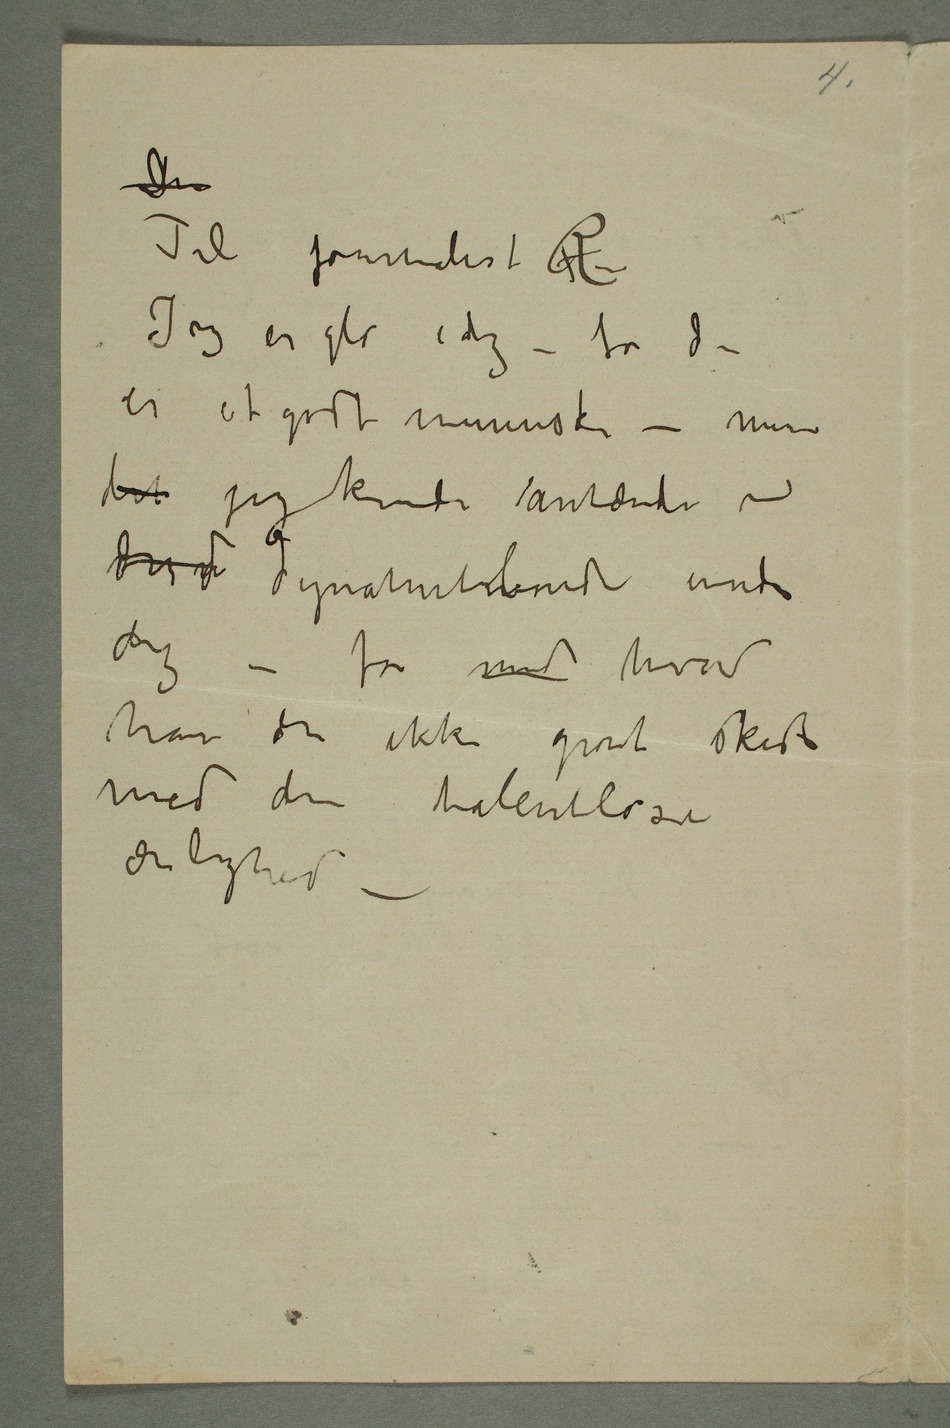
Til journalist R
Jeg er gla i dig – for du
er et godt menneske – men
det jeg kunde antænde en
dig – for med hvad
har du ikke gravet skidt
med den talentløse
ærlighed –